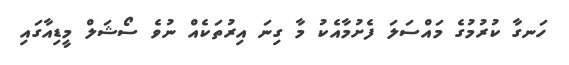
ހަނގާ ކުރުމުގެ މައްސަލަ ފެށުމާއެކު މާ ގިނަ އިރުތަކެއް ނުވެ ސޯޝަލް މީޑިއާގައި